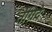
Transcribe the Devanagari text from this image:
तेंग्रिदे